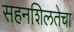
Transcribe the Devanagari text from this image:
सहनशिलतेचा